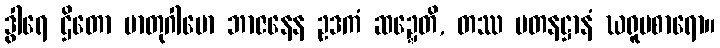
ဒွါရေ ဌိတော မာတုဂါမော ဘာဇနေန ဥဒကံ ဆဍ္ဍေတိ, တဿ ပတနဋ္ဌာနံ ဃရူပစာရော။